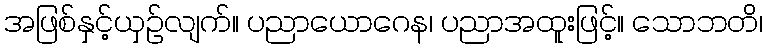
အဖြစ်နှင့်ယှဉ်လျက်။ ပညာယောဂေန၊ ပညာအထူးဖြင့်။ သောဘတိ၊